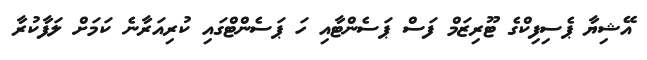
އޭޝިޔާ ޕެސިފިކްގެ ޓޫރިޒަމް ފަސް ޕަސެންޓާއި ހަ ޕަސެންޓްގައި ކުރިއަރާނެ ކަމަށް ލަފާކުރާ